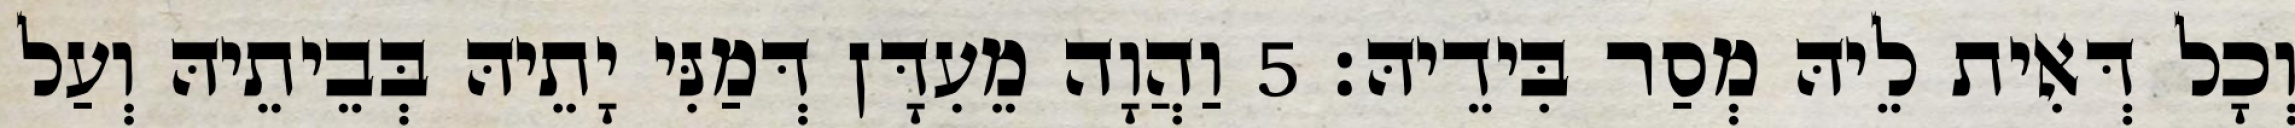
וְכָל דְּאִית לֵיהּ מְסַר בִּידֵיהּ׃ 5 וַהֲוָה מֵעִדָּן דְּמַנִּי יָתֵיהּ בְּבֵיתֵיהּ וְעַל